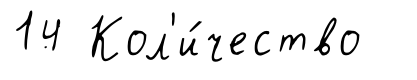
14 Кол'и́чество